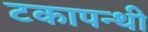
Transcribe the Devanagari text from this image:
टकापन्थी